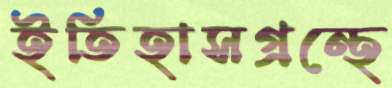
ইতিহাসগ্রন্থে